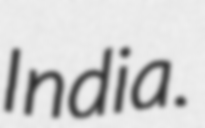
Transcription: India.